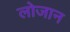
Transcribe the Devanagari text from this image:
लोजान